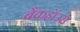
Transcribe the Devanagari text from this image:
बैंकहॉउस